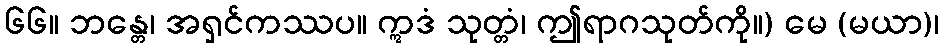
၆၆။ ဘန္တေ၊ အရှင်ကဿပ။ ဣဒံ သုတ္တံ၊ ဤရာဂသုတ်ကို။) မေ (မယာ)၊